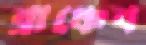
ব্রাঞ্চেব